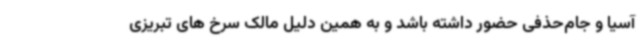
آسیا و جام‌حذفی حضور داشته باشد و به همین دلیل مالک سرخ های تبریزی